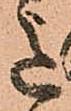
意